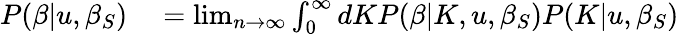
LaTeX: \begin{array}{rl}{P(\beta|u,\beta_{S})}&{{}=\operatorname*{lim}_{n\rightarrow\infty}\int_{0}^{\infty}dKP(\beta|K,u,\beta_{S})P(K|u,\beta_{S})}\end{array}